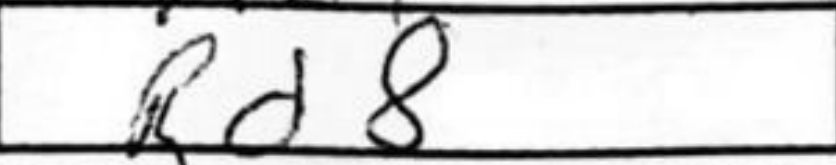
Transcription: Rd8